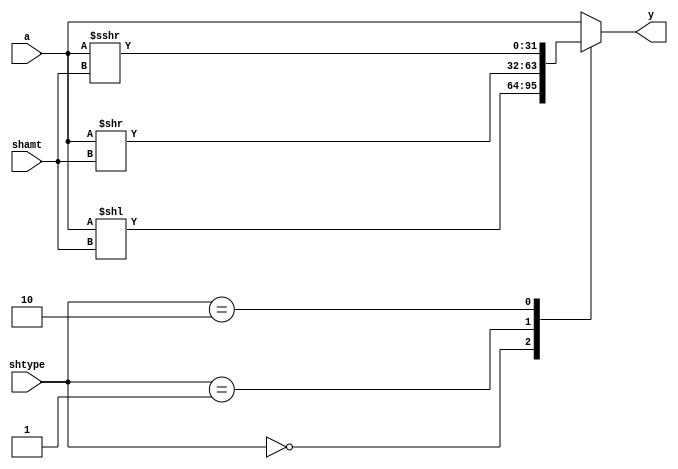
module shifter (input  wire signed [31:0] a,
		input wire [ 4:0]  shamt,
		input wire [ 1:0]  shtype,
		output reg [31:0] y);
   
   always@(*)
     case (shtype)
       2'b00:   
	 begin
	    y = a << shamt;
	 end	    
       2'b01:   
	 begin
	    y = a >> shamt;
	 end
       2'b10:   
	 begin
	    y = a >>> shamt;
	 end
       default: 
	 begin
	    y = a;
	 end
     endcase // case (shtype)

endmodule // shifter